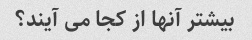
بیشتر آنها از کجا می آیند؟